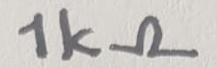
Text: 1kΩ